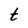
Character: t